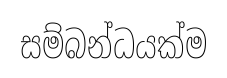
සම්බන්ධයක්ම